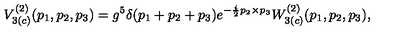
V _ { 3 ( c ) } ^ { ( 2 ) } ( p _ { 1 } , p _ { 2 } , p _ { 3 } ) = g ^ { 5 } \delta ( p _ { 1 } + p _ { 2 } + p _ { 3 } ) e ^ { - \frac { i } { 2 } p _ { 2 } \times p _ { 3 } } W _ { 3 ( c ) } ^ { ( 2 ) } ( p _ { 1 } , p _ { 2 } , p _ { 3 } ) ,